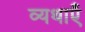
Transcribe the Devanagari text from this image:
व्यथाएँ